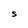
Character: S